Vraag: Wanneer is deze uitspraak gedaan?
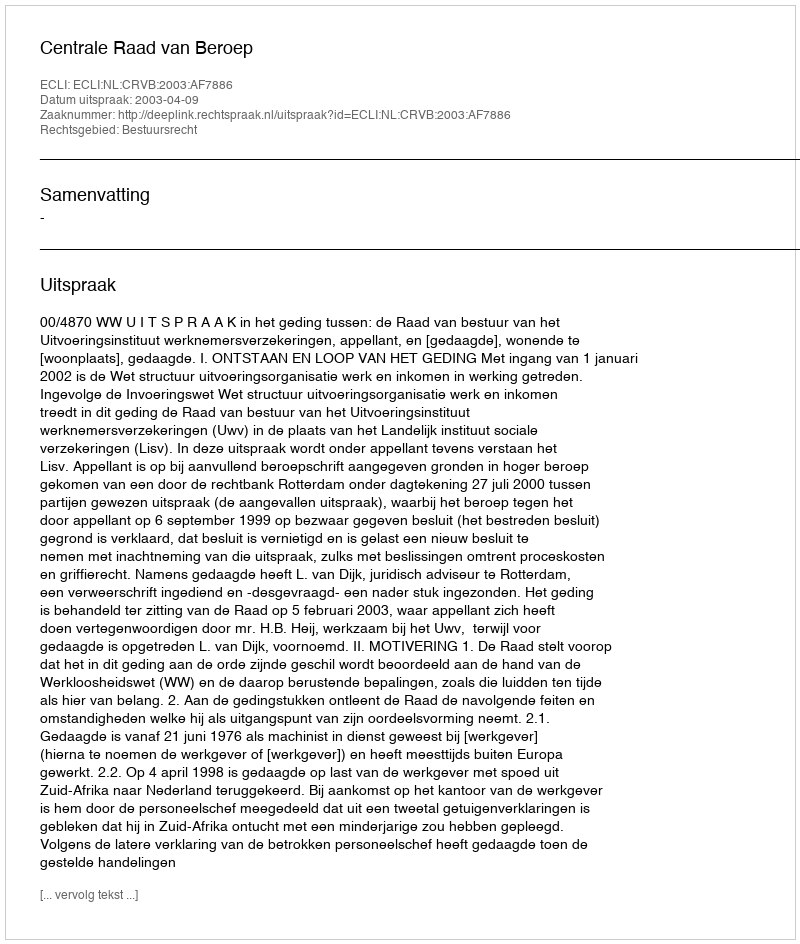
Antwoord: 2003-04-09